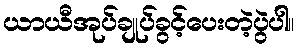
ယာယီအုပ်ချုပ်ခွင့်ပေးတဲ့ပွဲပါ။